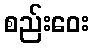
စည်းဝေး